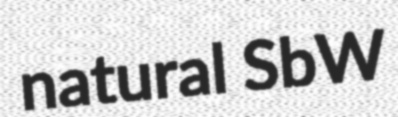
natural SbW